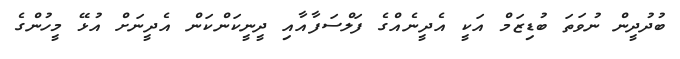
ބުދުދީން ނުވަތަ ބުޑިޒަމް އަކީ އެދީނެއްގެ ފަލްސަފާއާއި ދީނީކަންކަން އެދީނަށް އުޅޭ މީހުންގެ